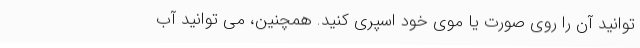
توانید آن را روی صورت یا موی خود اسپری کنید. همچنین، می توانید آب